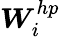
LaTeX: \boldsymbol{W}_{i}^{hp}